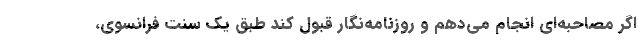
اگر مصاحبه‌ای انجام می‌دهم و روزنامه‌نگار قبول کند طبق یک سنت فرانسوی،